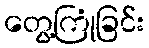
တွေ့ကြုံခြင်း